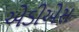
એડીએસ